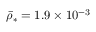
\bar { \rho } _ { * } = 1 . 9 \times 1 0 ^ { - 3 }